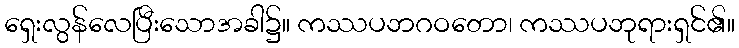
ရှေးလွန်လေပြီးသောအခါ၌။ ကဿပဘဂဝတော၊ ကဿပဘုရားရှင်၏။